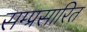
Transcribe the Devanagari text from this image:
सम्प्रसारित